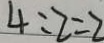
4 : 2 = 2